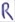
Text: R